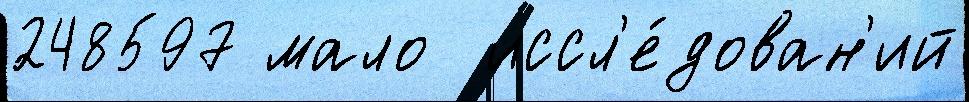
248597 мало  иссл'е́дован'ий